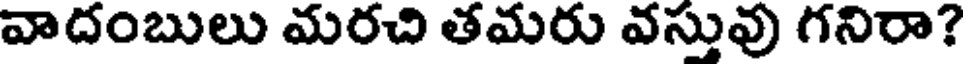
వాదంబులు మరచి తమరు వస్తువు గనిరా?